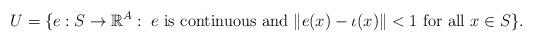
LaTeX: \begin{align*}U = \{e: S\to \mathbb{R}^A:\; e \mbox{ is continuous and } \|e(x)-\iota(x)\|<1 \mbox{ for all } x\in S\}.\end{align*}